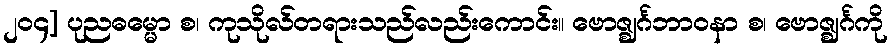
၂၀၄] ပုညဓမ္မော စ၊ ကုသိုလ်တရားသည်လည်းကောင်း။ ဗောဇ္ဈင်္ဂဘာဝနာ စ၊ ဗောဇ္ဈင်္ဂကို